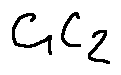
c _ { 1 } c _ { 2 }